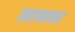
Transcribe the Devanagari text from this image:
स्थापनाकर